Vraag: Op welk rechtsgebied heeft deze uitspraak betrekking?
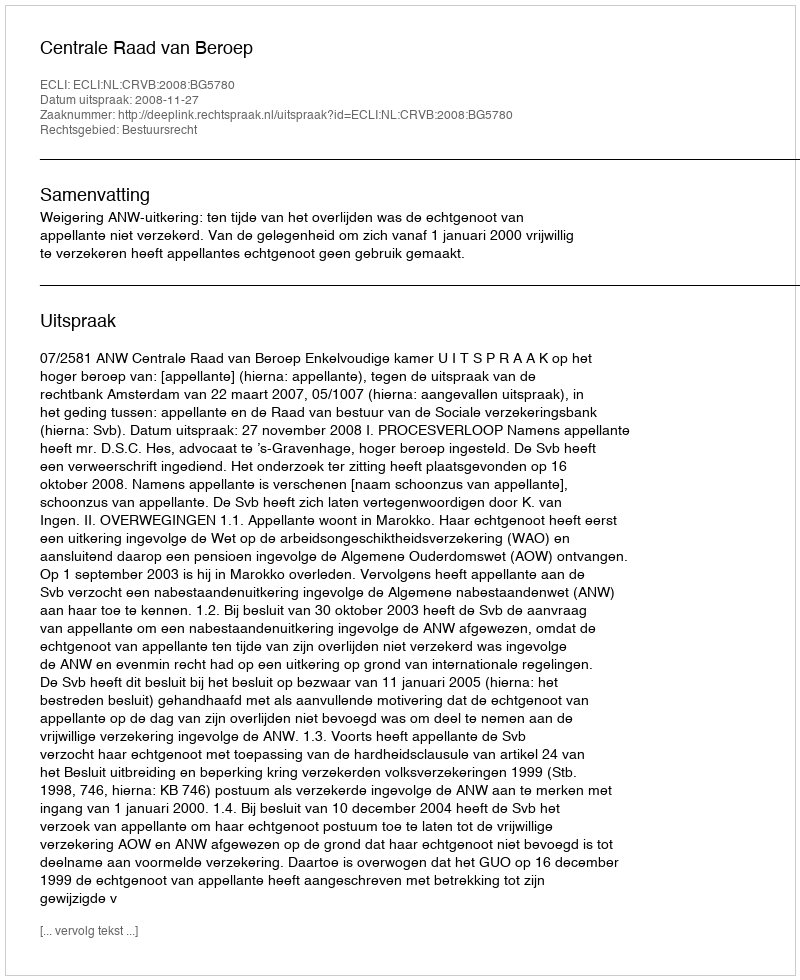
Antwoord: Bestuursrecht